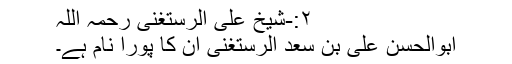
۲:-شیخ علی الرستغنی رحمہ اللہ
ابوالحسن علی بن سعد الرستغنیؒ ان کا پورا نام ہے۔